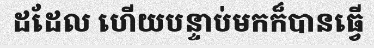
ដដែល ហើយបន្ទាប់មកក៏បានធ្វើ